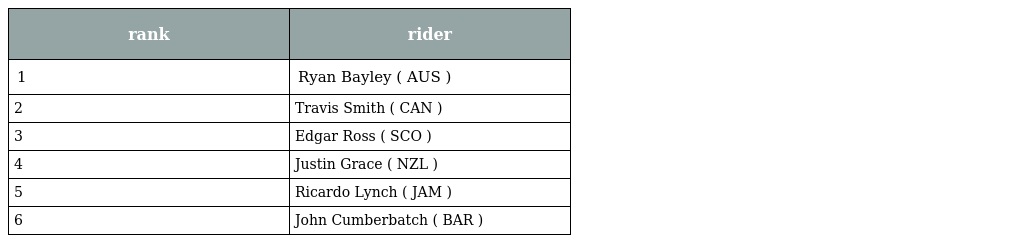
| rank | rider |
 | --- | --- |
 | 1 | Ryan Bayley ( AUS ) |
 | 2 | Travis Smith ( CAN ) |
 | 3 | Edgar Ross ( SCO ) |
 | 4 | Justin Grace ( NZL ) |
 | 5 | Ricardo Lynch ( JAM ) |
 | 6 | John Cumberbatch ( BAR ) |